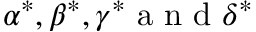
\alpha ^ { * } , \beta ^ { * } , \gamma ^ { * } \mathrm { ~ a ~ n ~ d ~ } \delta ^ { * }